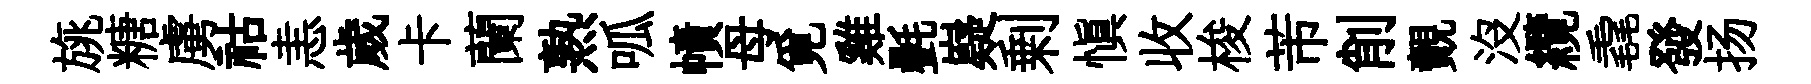
旐糖虜祜恚歲卡蘭熟呱幘母覓雞㲲嶷剰慎收梭芾削覿没纜毳發扬